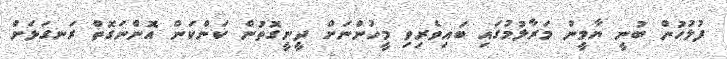
ފުލުހުން ބުނީ ޔާމީން މަރާލުމުގައި ބައިވެރިވި މީހުންނަށް ދީނީގޮތުން ކަންކަން އޮންނަގޮތް ރަނގަޅަށް